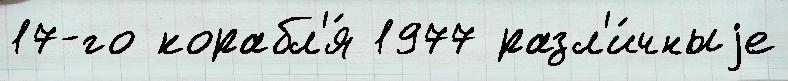
17-го корабл'я́ 1977 разл'и́чныjе